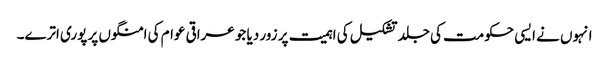
انہوں نے ایسی حکومت کی جلد تشکیل کی اہمیت پر زور دیا جو عراقی عوام کی امنگوں پر پوری اترے۔